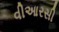
વીઆરસી